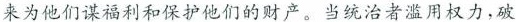
来为他们谋福利和保护他们的财产。当统治者滥用权力，破